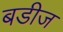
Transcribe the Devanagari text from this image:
बडीज